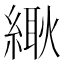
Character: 𦃸